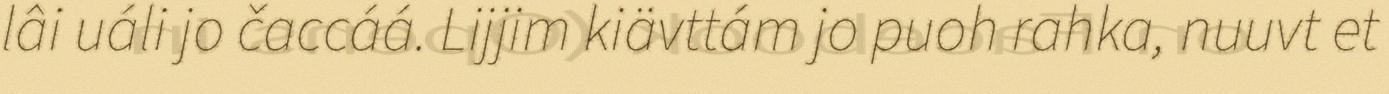
lâi uáli jo čaccáá. Lijjim kiävttám jo puoh rahka, nuuvt et